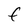
Character: f